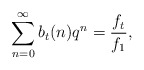
\begin{align*}\sum_{n=0}^{\infty}b_{t}(n)q^n=\frac{f_{t}}{f_1},\end{align*}